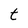
Character: t